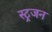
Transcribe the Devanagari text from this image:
स्ट्रजन